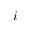
i